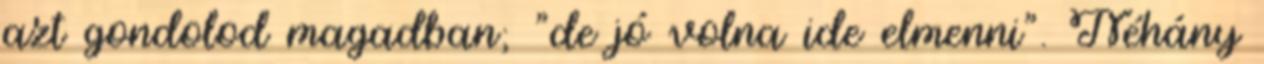
azt gondolod magadban; "de jó volna ide elmenni". Néhány